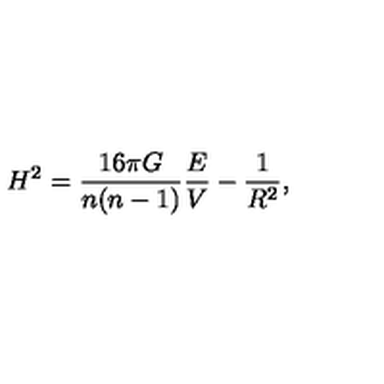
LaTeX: H ^ { 2 } = \frac { 1 6 \pi G } { n ( n - 1 ) } \frac { E } { V } - \frac { 1 } { R ^ { 2 } } ,